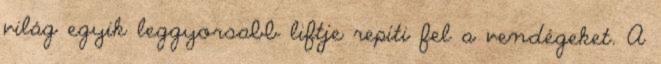
világ egyik leggyorsabb liftje repíti fel a vendégeket. A